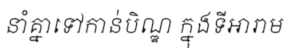
នាំគ្នាទៅកាន់បិណ្ឌ ក្នុងទីអារាម